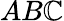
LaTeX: AB\mathbb{C}